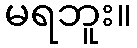
မရဘူး။